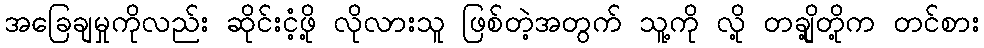
အခြေချမှုကိုလည်း ဆိုင်းငံ့ဖို့ လိုလားသူ ဖြစ်တဲ့အတွက် သူ့ကို လို့ တချို့တို့က တင်စား